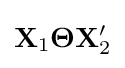
\mathbf {X} _{1}{\boldsymbol {\Theta }}\mathbf {X} _{2}'